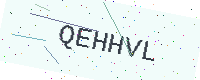
Text: QEHHVL